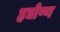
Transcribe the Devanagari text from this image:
हृद्योष्ण